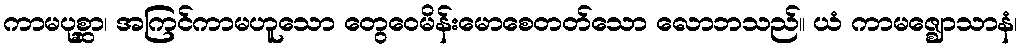
ကာမပုစ္ဆာ၊ အကြင်ကာမဟူသော တွေဝေမိန်းမောစေတတ်သော လောဘသည်။ ယံ ကာမဇ္ဈောသာနံ၊